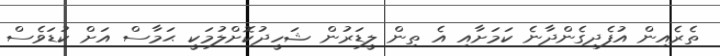
ތެރެއިން އުފެދިގެންދާނެ ކަމަށާއި އެ ތިން ލީޑަރުން ޝަހީދުކޮށްލުމަކީ ޙަމާސް އަށް ކުޑަވެސް